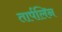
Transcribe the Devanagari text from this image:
तार्पलिन